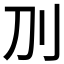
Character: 𠚥